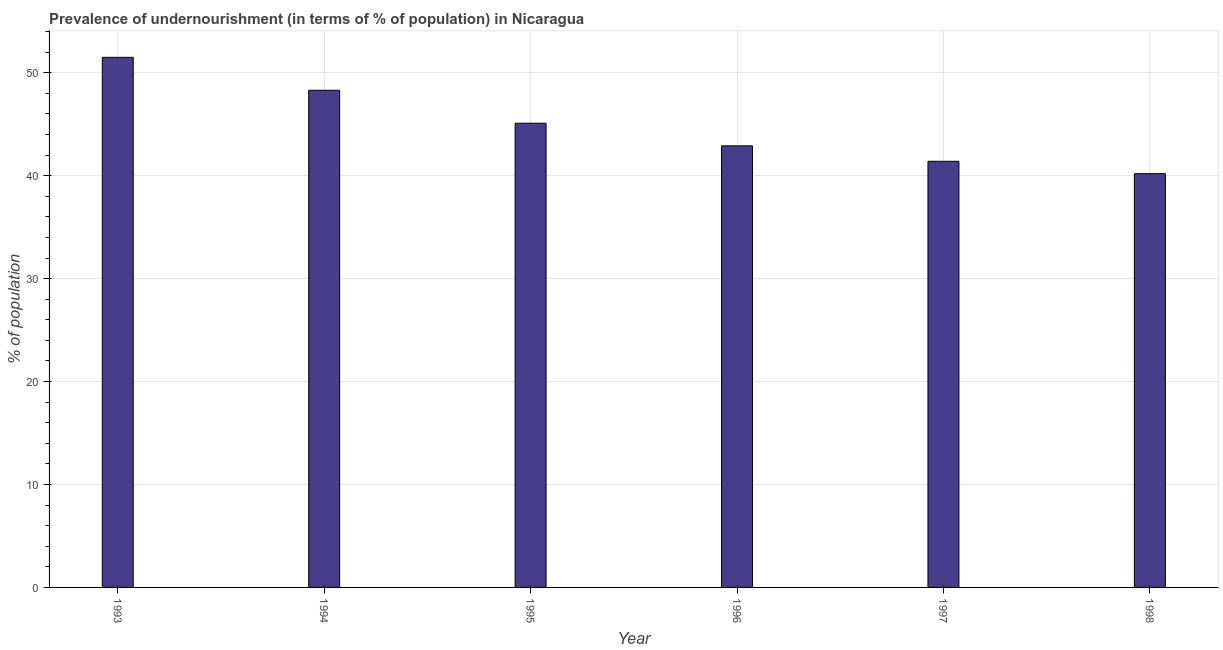
| Year | Prevalence of undernourishment |
 | --- | --- |
 | 1993 | 51.5 |
 | 1994 | 48.3 |
 | 1995 | 45.1 |
 | 1996 | 42.9 |
 | 1997 | 41.4 |
 | 1998 | 40.2 |